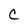
Character: C